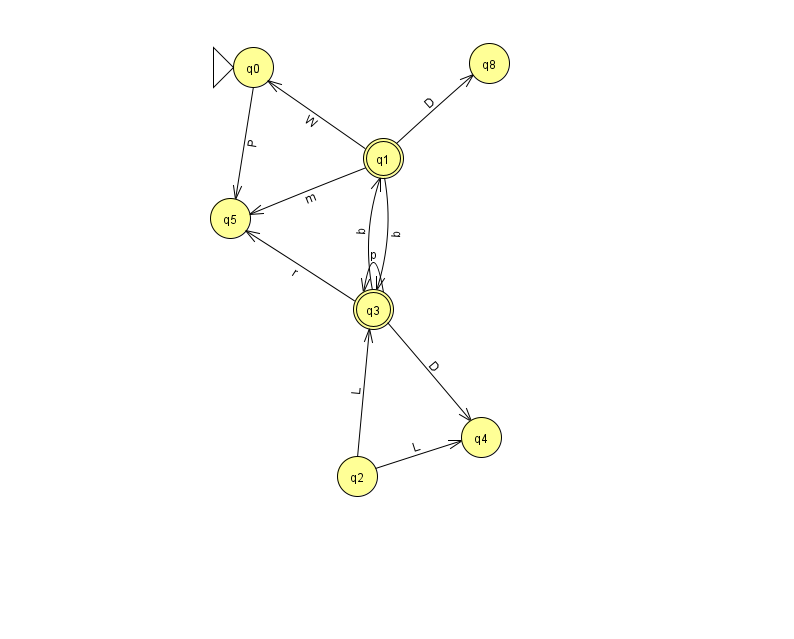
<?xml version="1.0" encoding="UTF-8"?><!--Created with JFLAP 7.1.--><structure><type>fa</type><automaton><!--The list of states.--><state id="0" name="q0"><x>253.0</x><y>54.0</y><initial/></state><state id="1" name="q1"><x>383.0</x><y>145.0</y><final/></state><state id="2" name="q2"><x>357.0</x><y>463.0</y></state><state id="3" name="q3"><x>373.0</x><y>296.0</y><final/></state><state id="4" name="q4"><x>481.0</x><y>424.0</y></state><state id="5" name="q5"><x>230.0</x><y>205.0</y></state><state id="8" name="q8"><x>489.0</x><y>50.0</y></state><!--The list of transitions.--><transition><from>1</from><to>8</to><read>D</read></transition><transition><from>3</from><to>3</to><read>p</read></transition><transition><from>2</from><to>4</to><read>L</read></transition><transition><from>2</from><to>3</to><read>L</read></transition><transition><from>1</from><to>0</to><read>W</read></transition><transition><from>3</from><to>4</to><read>D</read></transition><transition><from>1</from><to>5</to><read>m</read></transition><transition><from>3</from><to>5</to><read>r</read></transition><transition><from>0</from><to>5</to><read>P</read></transition><transition><from>1</from><to>3</to><read>b</read></transition><transition><from>3</from><to>1</to><read>b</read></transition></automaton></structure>